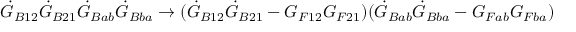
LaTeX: { \dot { G } _ { B 1 2 } } \dot { G } _ { B 2 1 } \dot { G } _ { B a b } \dot { G } _ { B b a } \rightarrow ( \dot { G } _ { B 1 2 } \dot { G } _ { B 2 1 } - G _ { F 1 2 } G _ { F 2 1 } ) ( \dot { G } _ { B a b } \dot { G } _ { B b a } - G _ { F a b } G _ { F b a } ) \quad